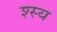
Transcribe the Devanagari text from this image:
श्स्य